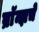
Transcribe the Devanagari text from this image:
ब्राॅन्झचे